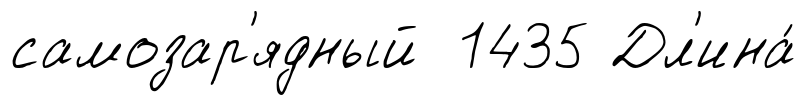
самозар'ядный 1435 Дл'ина́